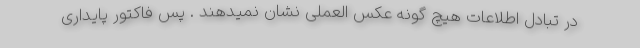
در تبادل اطلاعات هیچ گونه عکس العملی نشان نمیدهند . پس فاکتور پایداری